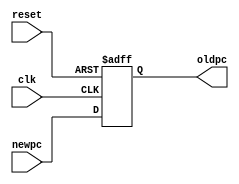
module pc(
    input [31:0] newpc,
    input clk,
    input reset,
    output [31:0] oldpc
    );
	
	reg [31:0] _pc;
	
	always@(posedge clk or posedge reset)
	//always@(posedge clk)
	begin
		if(reset) _pc <= 32'h00003000;
		else begin
			_pc  <= newpc;
		end
	end
	
	assign oldpc = _pc;
	
endmodule